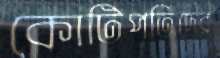
কোটিপতিদের